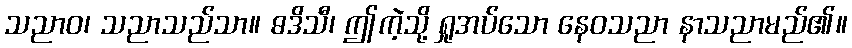
သညာဝ၊ သညာသည်သာ။ ဓဒိသီ၊ ဤကဲ့သို့ ရှုအပ်သော နေဝသညာ နာသညာမည်၏။